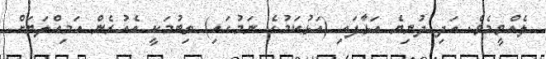
ލެއްވީމެވެ. އަދި ދުނިޔެ އަޅާފައި (އަޅުކަމުގެ ނަމުގައި) ތިބުމަކީ އެއުރެން އަމިއްލަޔަށް